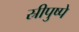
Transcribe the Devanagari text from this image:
स्रीपुष्पे